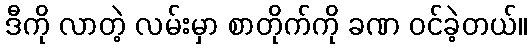
ဒီကို လာတဲ့ လမ်းမှာ စာတိုက်ကို ခဏ ဝင်ခဲ့တယ်။